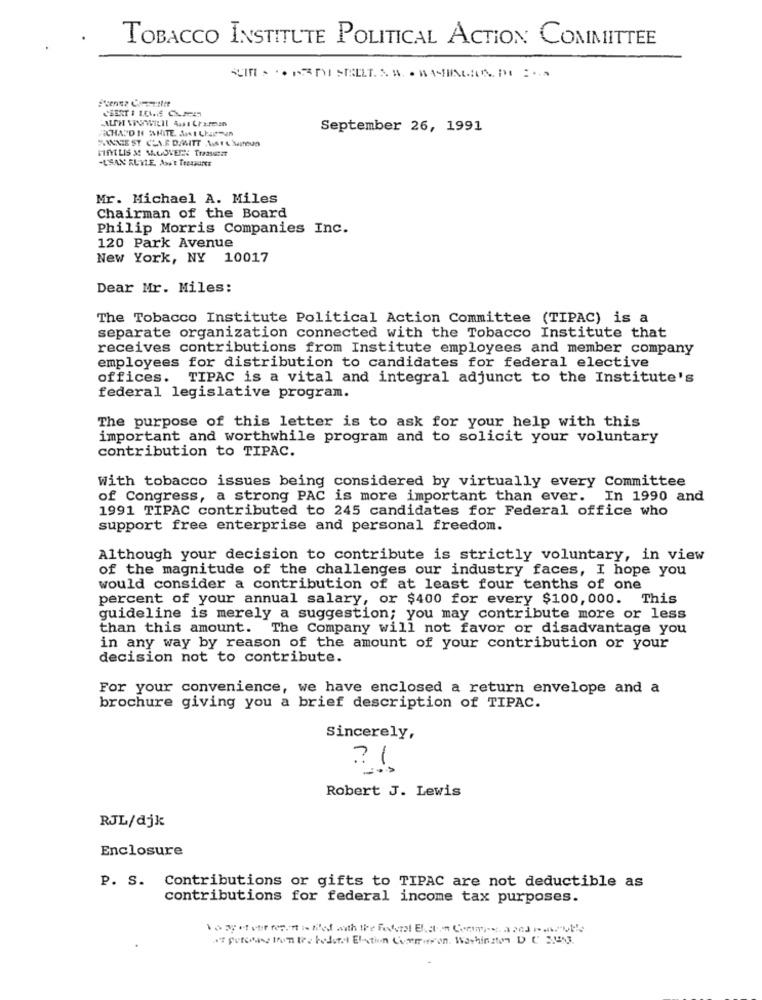
TOBACCO INSTITUTE POLITICAL ACTION COMMITTEE
CHATDH WHITE. Ant LheTen
September 26, 1991
FINTLIS M MALOVER: Traasetat
-L'SAN RUYLE AM'E TERARONE
Mr. Michael A. Miles
Chairman of the Board
Philip Morris Companies Inc.
120 Park Avenue
New York, NY 10017
Dear Mr. Miles:
The Tobacco Institute Political Action Committee (TIPAC) is a
separate organization connected with the Tobacco Institute that
receives contributions from Institute employees and member company
employees for distribution to candidates for federal elective
offices. TIPAC is a vital and integral adjunct to the Institute's
federal legislative program.
The purpose of this letter is to ask for your help with this
important and worthwhile program and to solicit your voluntary
contribution to TIPAC.
With tobacco issues being considered by virtually every Committee
of Congress, a strong PAC is more important than ever. In 1990 and
1991 TIPAC contributed to 245 candidates for Federal office who
support free enterprise and personal freedom.
Although your decision to contribute is strictly voluntary, in view
of the magnitude of the challenges our industry faces, I hope you
would consider a contribution of at least four tenths of one
percent of your annual salary, or $400 for every $100, 000. This
guideline is merely a suggestion; you may contribute more or less
than this amount. The Company will not favor or disadvantage you
in any way by reason of the amount of your contribution or your
decision not to contribute.
For your convenience, we have enclosed a return envelope and a
brochure giving you a brief description of TIPAC.
Sincerely,
Robert J. Lewis
RJL/djk
Enclosure
P. S. Contributions or gifts to TIPAC are not deductible as
contributions for federal income tax purposes.
at purchase from the bedurl Elation Commission. Washington D C MUND.